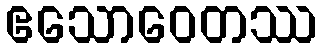
ဧသောဝေတဿ